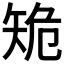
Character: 𥎾